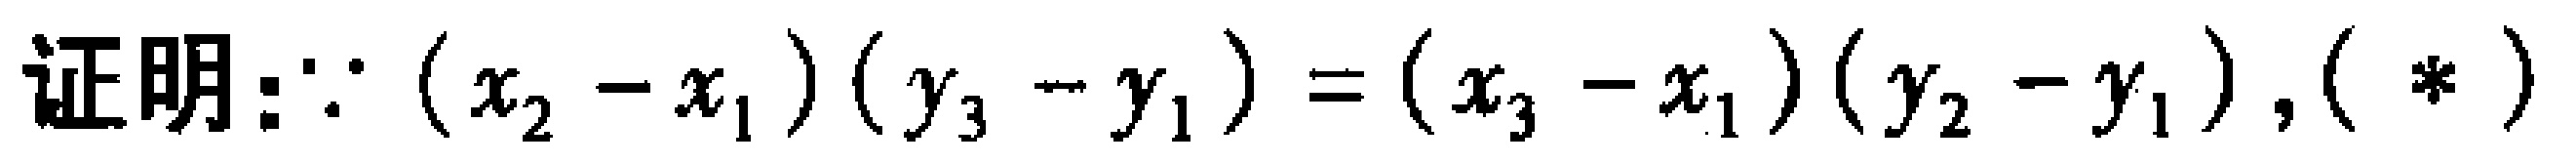
证明：\(\because (x_2 - x_1)(y_3 - y_1) = (x_3 - x_1)(y_2 - y_1), (\ * )\)